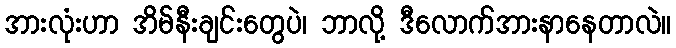
အားလုံးဟာ အိမ်နီးချင်းတွေပဲ၊ ဘာလို့ ဒီလောက်အားနာနေတာလဲ။